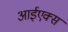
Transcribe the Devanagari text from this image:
आईएक्स